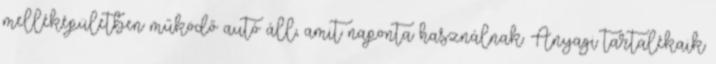
melléképületben működő autó áll, amit naponta használnak. Anyagi tartalékaik